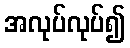
အလုပ်လုပ်၍